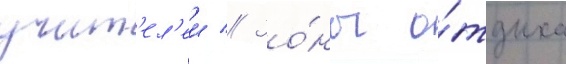
учит'ел'еи // Зо́ны о́тдыха